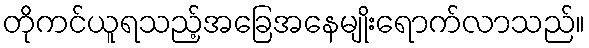
တိုကင်ယူရသည့်အခြေအနေမျိုးရောက်လာသည်။